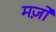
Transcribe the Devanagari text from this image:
मर्ज़ों